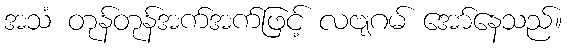
အသံ တုန်တုန်အက်အက်ဖြင့် လဗျဂမ် အော်နေသည်။